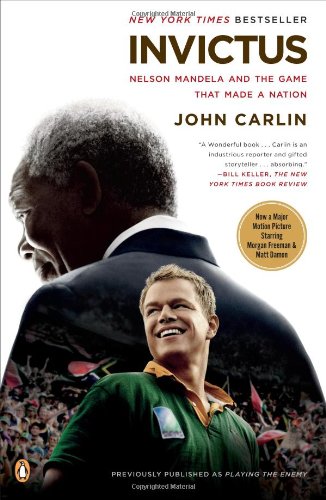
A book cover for Invictus: Nelson Mandela and the Game That Made a Nation; John Carlin; History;